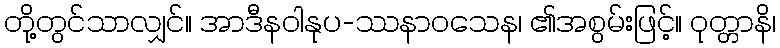
တို့တွင်သာလျှင်။ အာဒီနဝါနုပ-ဿနာဝသေန၊ ၏အစွမ်းဖြင့်။ ဝုတ္တာနိ၊